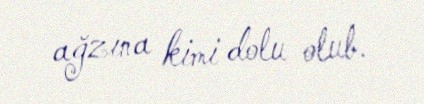
ağzına kimi dolu olub.